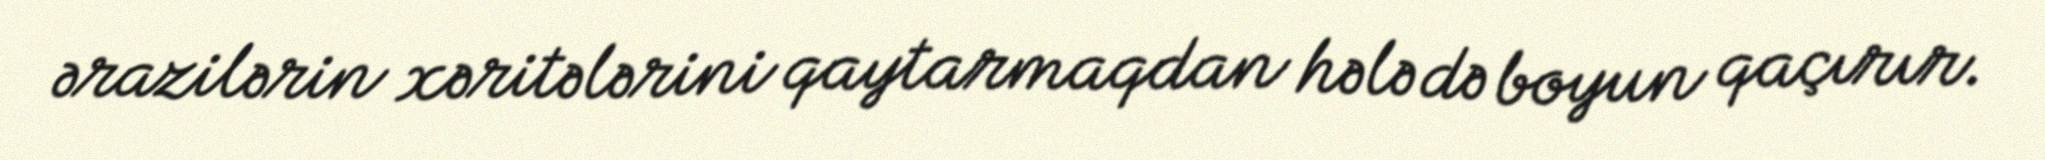
ərazilərin xəritələrini qaytarmaqdan hələ də boyun qaçırır.